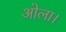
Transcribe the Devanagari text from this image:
ओला।